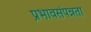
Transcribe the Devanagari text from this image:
प्रभावसंपन्नता